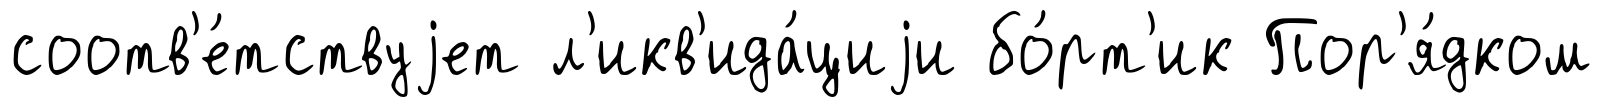
соотв'е́тствуjет л'икв'ида́циjи бо́рт'ик Пор'я́дком